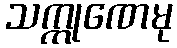
သက္ကုဏေမု